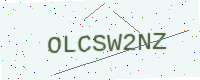
Text: OLCSW2NZ